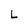
Character: L